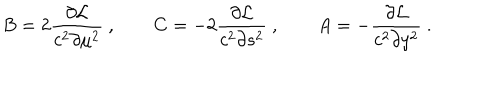
LaTeX: B = 2 { \frac { \partial { \cal L } } { c ^ { 2 } \partial \mu ^ { 2 } } } \ , \qquad C = - 2 { \frac { \partial { \cal L } } { c ^ { 2 } \partial s ^ { 2 } } } \ , \qquad A = - { \frac { \partial { \cal L } } { c ^ { 2 } \partial y ^ { 2 } } } \ .